Report on vaccination in the Province of Bengal - 1869-1873
Year: 1869
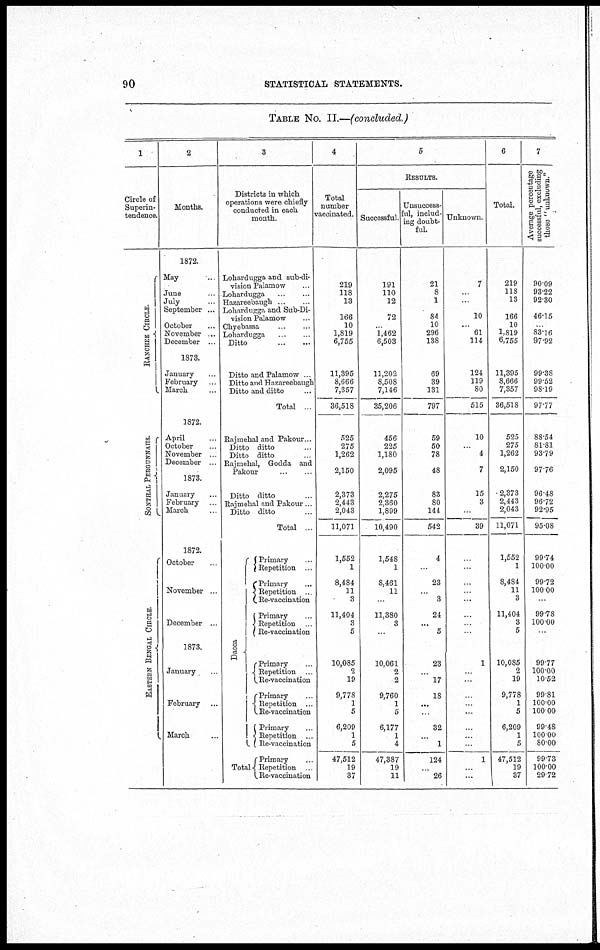
90
STATISTICAL STATEMENTS.
TABLE NO. II.—(concluded.)
1
Circle of
Superin-
tendence.
RANCHEE CIRCLE.
SONTHAL PERGUNNAHS.
EASTERN BENGAL CIRCLE.
2
Months.
1872.
May ...
June ...
July ...
September ...
October ...
November ...
December ...
1873.
January ...
February ...
March ...
1872.
April ...
October ...
November ...
December ...
1873.
January ...
February ...
March ...
1872.
October ...
November ...
December ...
1873.
January ...
February ...
March ...
3
Districts in which
operations were chiefly
conducted in each
month.
Lohardugga and sub-di-
vision Palamow
Lohardugga ...
Hazareebaugh ...
Lohardugga and Sub-Di-
vision Palamow ...
Chyebassa ...
Lohardugga
...
...
Ditto
...
...
Ditto and Palamow
Ditto and Hazareebaugh
Ditto and ditto ...
Total ...
Rajmehal and Pakour ...
Ditto ditto ...
Ditto ditto ...
Rajmehal, Godda and
Pakour ... ...
Ditto ditto ...
Rajmehal and Pakour...
Ditto ditto ...
Total ...
Dacca
Total
Primary ...
Repetition ...
Primary ...
Repetition
Re-vaccination
Primary ...
Repetition ...
Re-vaccination
Primary ...
Repetition ...
Re-vaccination
Primary ...
Repetition ...
Re-vaccination
Primary ...
Repetition ...
Re-vaccination
Primary ...
Repetition ...
Re-vaccination
4
Total
number
vaccinated.
219
118
13
166
10
1,819
6,755
11,395
8,666
7,357
36,518
525
275
1,262
2,150
2,373
2,443
2,043
11,071
1,552
1
8,484
11
3
11,404
3
5
10,085
2
19
9,778
1
5
6,209
1
5
47,512
19
37
5
RESULTS.
Successful.
191
110
12
72
...
1,462
6,503
11,202
8,508
7,146
35,206
456
225
1,180
2,095
2,275
2,360
1,899
10,490
1,548
1
8,461
11
...
11,380
3
...
10,061
2
2
9,760
1
5
6,177
1
4
47,387
19
11
Unsuccess-
ful, includ-
ing doubt-
ful.
21
8
1
84
10
296
138
69
39
131
797
59
50
78
48
83
80
144
542
4
...
23
...
3
24
...
5
23
...
17
18
...
...
32
...
1
124
...
26
Unknown.
7
...
...
10
...
61
114
124
119
80
515
10
...
4
7
15
3
...
39
...
...
...
...
...
...
...
...
1
...
...
...
...
...
...
...
...
1
...
...
6
Total.
219
118
13
166
10
1,819
6,755
11,395
8,666
7,357
36,518
525
275
1,262
2,150
2,373
2,443
2,043
11,071
1,552
1
8,484
11
3
11,404
3
5
10,085
2
19
9,778
1
5
6,209
1
5
47,512
19
37
7
Average percentage
successful, excluding
those "unknown."
90.09
93.22
92.30
46.15
...
83.16
97.92
99.38
99.52
98.19
97.77
88.54
81.81
93.79
97.76
96.48
96.72
92.95
95.08
99.74
100.00
99.72
100.00
...
99.78
100.00
...
99.77
100.00
10.52
99.81
100.00
100.00
99.48
100.00
80.00
99.73
100.00
29.72